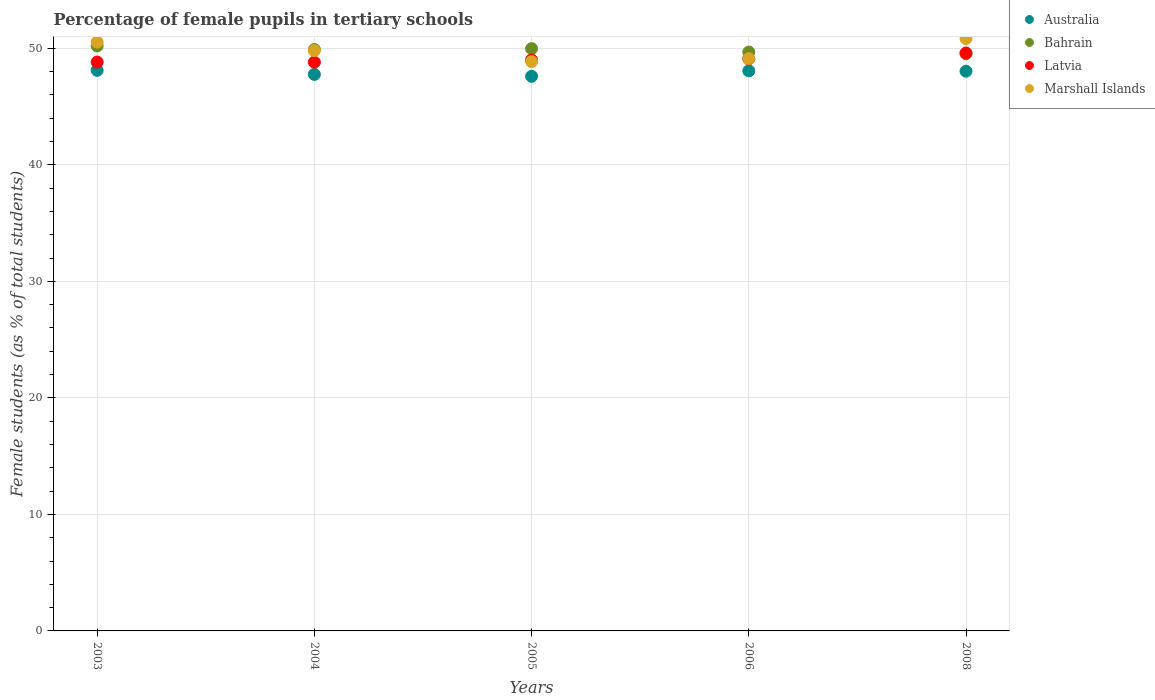
| Years | Australia | Bahrain | Latvia | Marshall Islands |
 | --- | --- | --- | --- | --- |
 | 2003 | 48.1 | 50.2 | 48.8 | 50.5 |
 | 2004 | 47.8 | 49.9 | 48.8 | 49.8 |
 | 2005 | 47.6 | 50 | 49 | 48.9 |
 | 2006 | 48.1 | 49.7 | 49.1 | 49.1 |
 | 2008 | 48 | 49.5 | 49.6 | 50.8 |